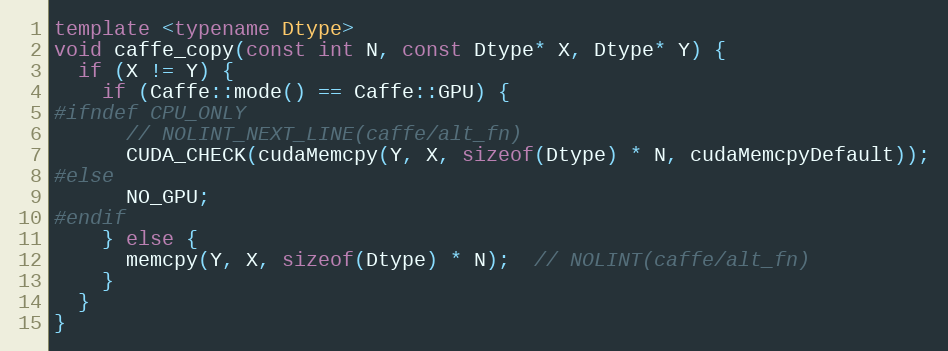
Language: C++
template <typename Dtype>
void caffe_copy(const int N, const Dtype* X, Dtype* Y) {
  if (X != Y) {
    if (Caffe::mode() == Caffe::GPU) {
#ifndef CPU_ONLY
      // NOLINT_NEXT_LINE(caffe/alt_fn)
      CUDA_CHECK(cudaMemcpy(Y, X, sizeof(Dtype) * N, cudaMemcpyDefault));
#else
      NO_GPU;
#endif
    } else {
      memcpy(Y, X, sizeof(Dtype) * N);  // NOLINT(caffe/alt_fn)
    }
  }
}